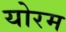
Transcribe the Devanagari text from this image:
योरम